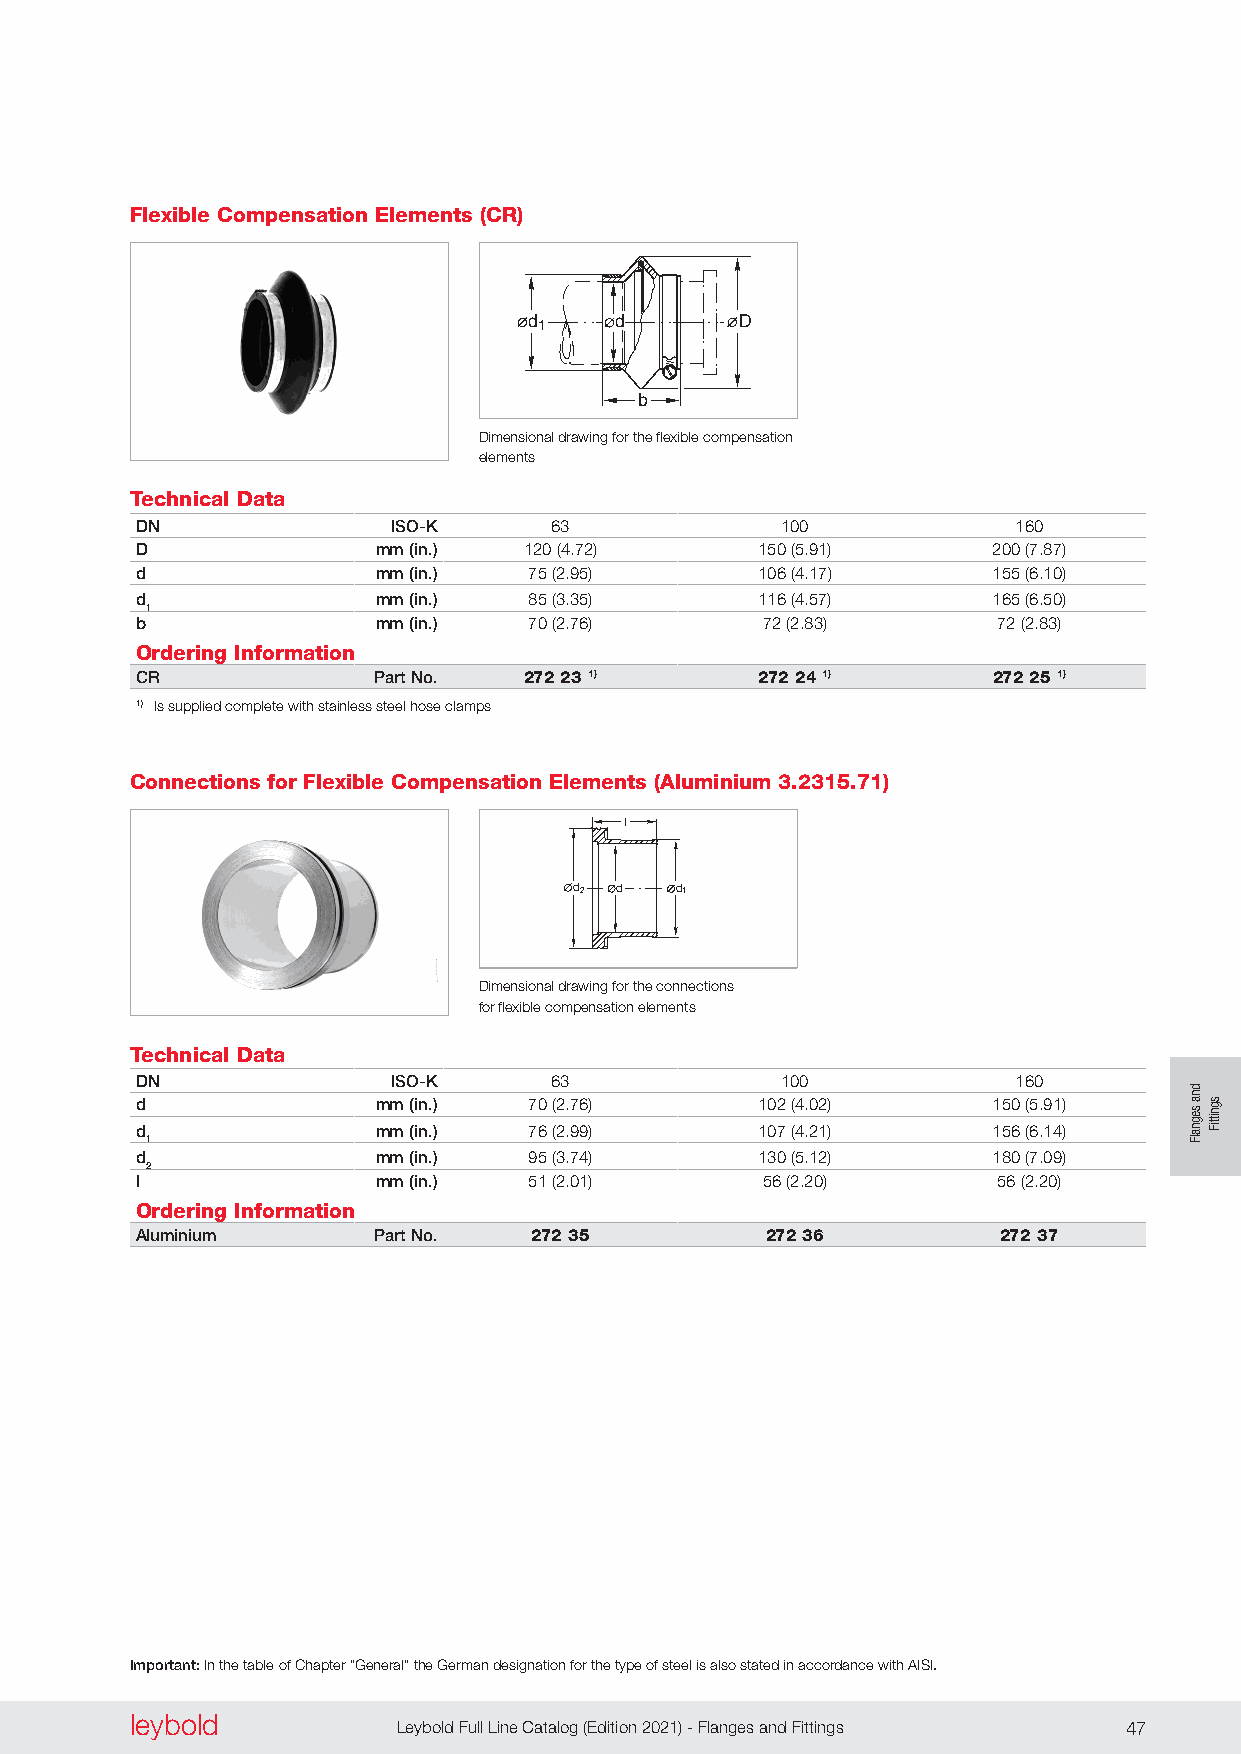
Flexible Compensation Elements (CR)
 d1    d       D
 b
 Dimensional drawing for the flexible compensation
 elements
 Technical Data
 DN               ISO-K     63              100            160
 D               mm (in.)  120 (4 .72)    150 (5 .91)     200 (7 .87)
 d               mm (in.)  75 (2 .95)     106 (4 .17)     155 (6 .10)
 d               mm (in.)  85 (3 .35)     116 (4 .57)     165 (6 .50)
 1
 b               mm (in.)  70 (2 .76)     72 (2 .83)      72 (2 .83)
 Ordering Information
 CR              Part No.  272 23 1)      272 24 1)       272 25 1)
 1) Is supplied complete with stainless steel hose clamps
 Connections for Flexible Compensation Elements (Aluminium 3.2315.71)
 l
 d2 d   d1
 Dimensional drawing for the connections
 for flexible compensation elements
 Technical Data
 DN               ISO-K     63              100            160
 d               mm (in.)  70 (2 .76)     102 (4 .02)     150 (5 .91)
 d               mm (in.)  76 (2 .99)     107 (4 .21)     156 (6 .14)
 1
 d               mm (in.)  95 (3 .74)     130 (5 .12)     180 (7 .09)
 2
 l               mm (in.)  51 (2 .01)     56 (2 .20)      56 (2 .20)
 Ordering Information
 Aluminium       Part No.  272 35          272 36         272 37
 Important: In the table of Chapter “General” the German designation for the type of steel is also stated in accordance with AISI.
 leybold  leybold
 46 Leybold Full Line Catalog (Edition 2021) - Flanges and Fittings Leybold Full Line Catalog (Edition 2021) - Flanges and Fittings 47
 dna
 segnalF
 sgnittiF